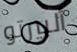
ألبيرتو